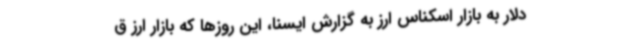
دلار به بازار اسکناس ارز به گزارش ایسنا، این روزها که بازار ارز ق